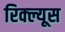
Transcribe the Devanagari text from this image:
रिक्ल्यूस